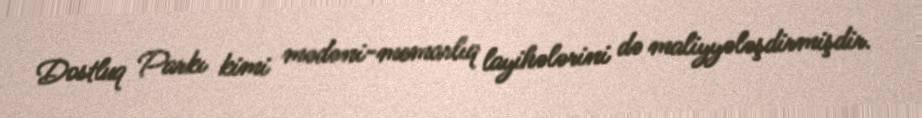
Dostluq Parkı kimi mədəni-memarlıq layihələrini də maliyyələşdirmişdir.